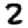
Digit: 2